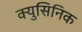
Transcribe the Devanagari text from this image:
क्युसिनिक